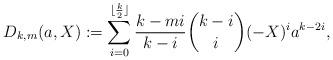
LaTeX: \begin{align*}D_{k,m}(a,X) := \sum_{i=0}^{\lfloor\frac k2\rfloor}\frac{k-mi}{k-i}\dbinom{k-i}{i}(-X)^{i}a^{k-2i},\end{align*}